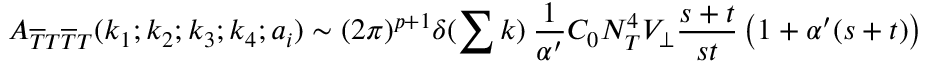
A _ { \overline { { { T } } } T \overline { { { T } } } T } ( k _ { 1 } ; k _ { 2 } ; k _ { 3 } ; k _ { 4 } ; a _ { i } ) \sim ( 2 \pi ) ^ { p + 1 } \delta ( \sum k ) \: \frac { 1 } { \alpha ^ { \prime } } { \cal C } _ { 0 } { \cal N } _ { T } ^ { 4 } V _ { \bot } \frac { s + t } { s t } \left( 1 + \alpha ^ { \prime } ( s + t ) \right)